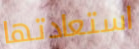
استعادتها